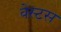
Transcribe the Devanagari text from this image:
वेस्टस